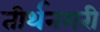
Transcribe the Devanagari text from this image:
तीर्थनगरी